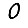
Digit: 0